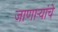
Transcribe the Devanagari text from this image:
जाणाऱ्यांचे